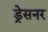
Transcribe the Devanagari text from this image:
ड्रेसनर